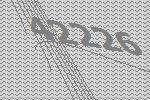
42226